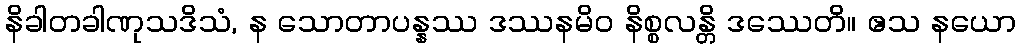
နိခါတခါဏုသဒိသံ, န သောတာပန္နဿ ဒဿနမိဝ နိစ္စလန္တိ ဒဿေတိ။ ဧသ နယော